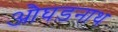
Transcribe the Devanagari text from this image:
औघड़नाथ